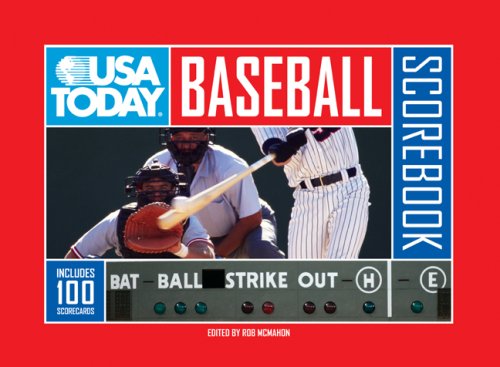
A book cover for USA TODAY Baseball Scorebook; Teen & Young Adult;